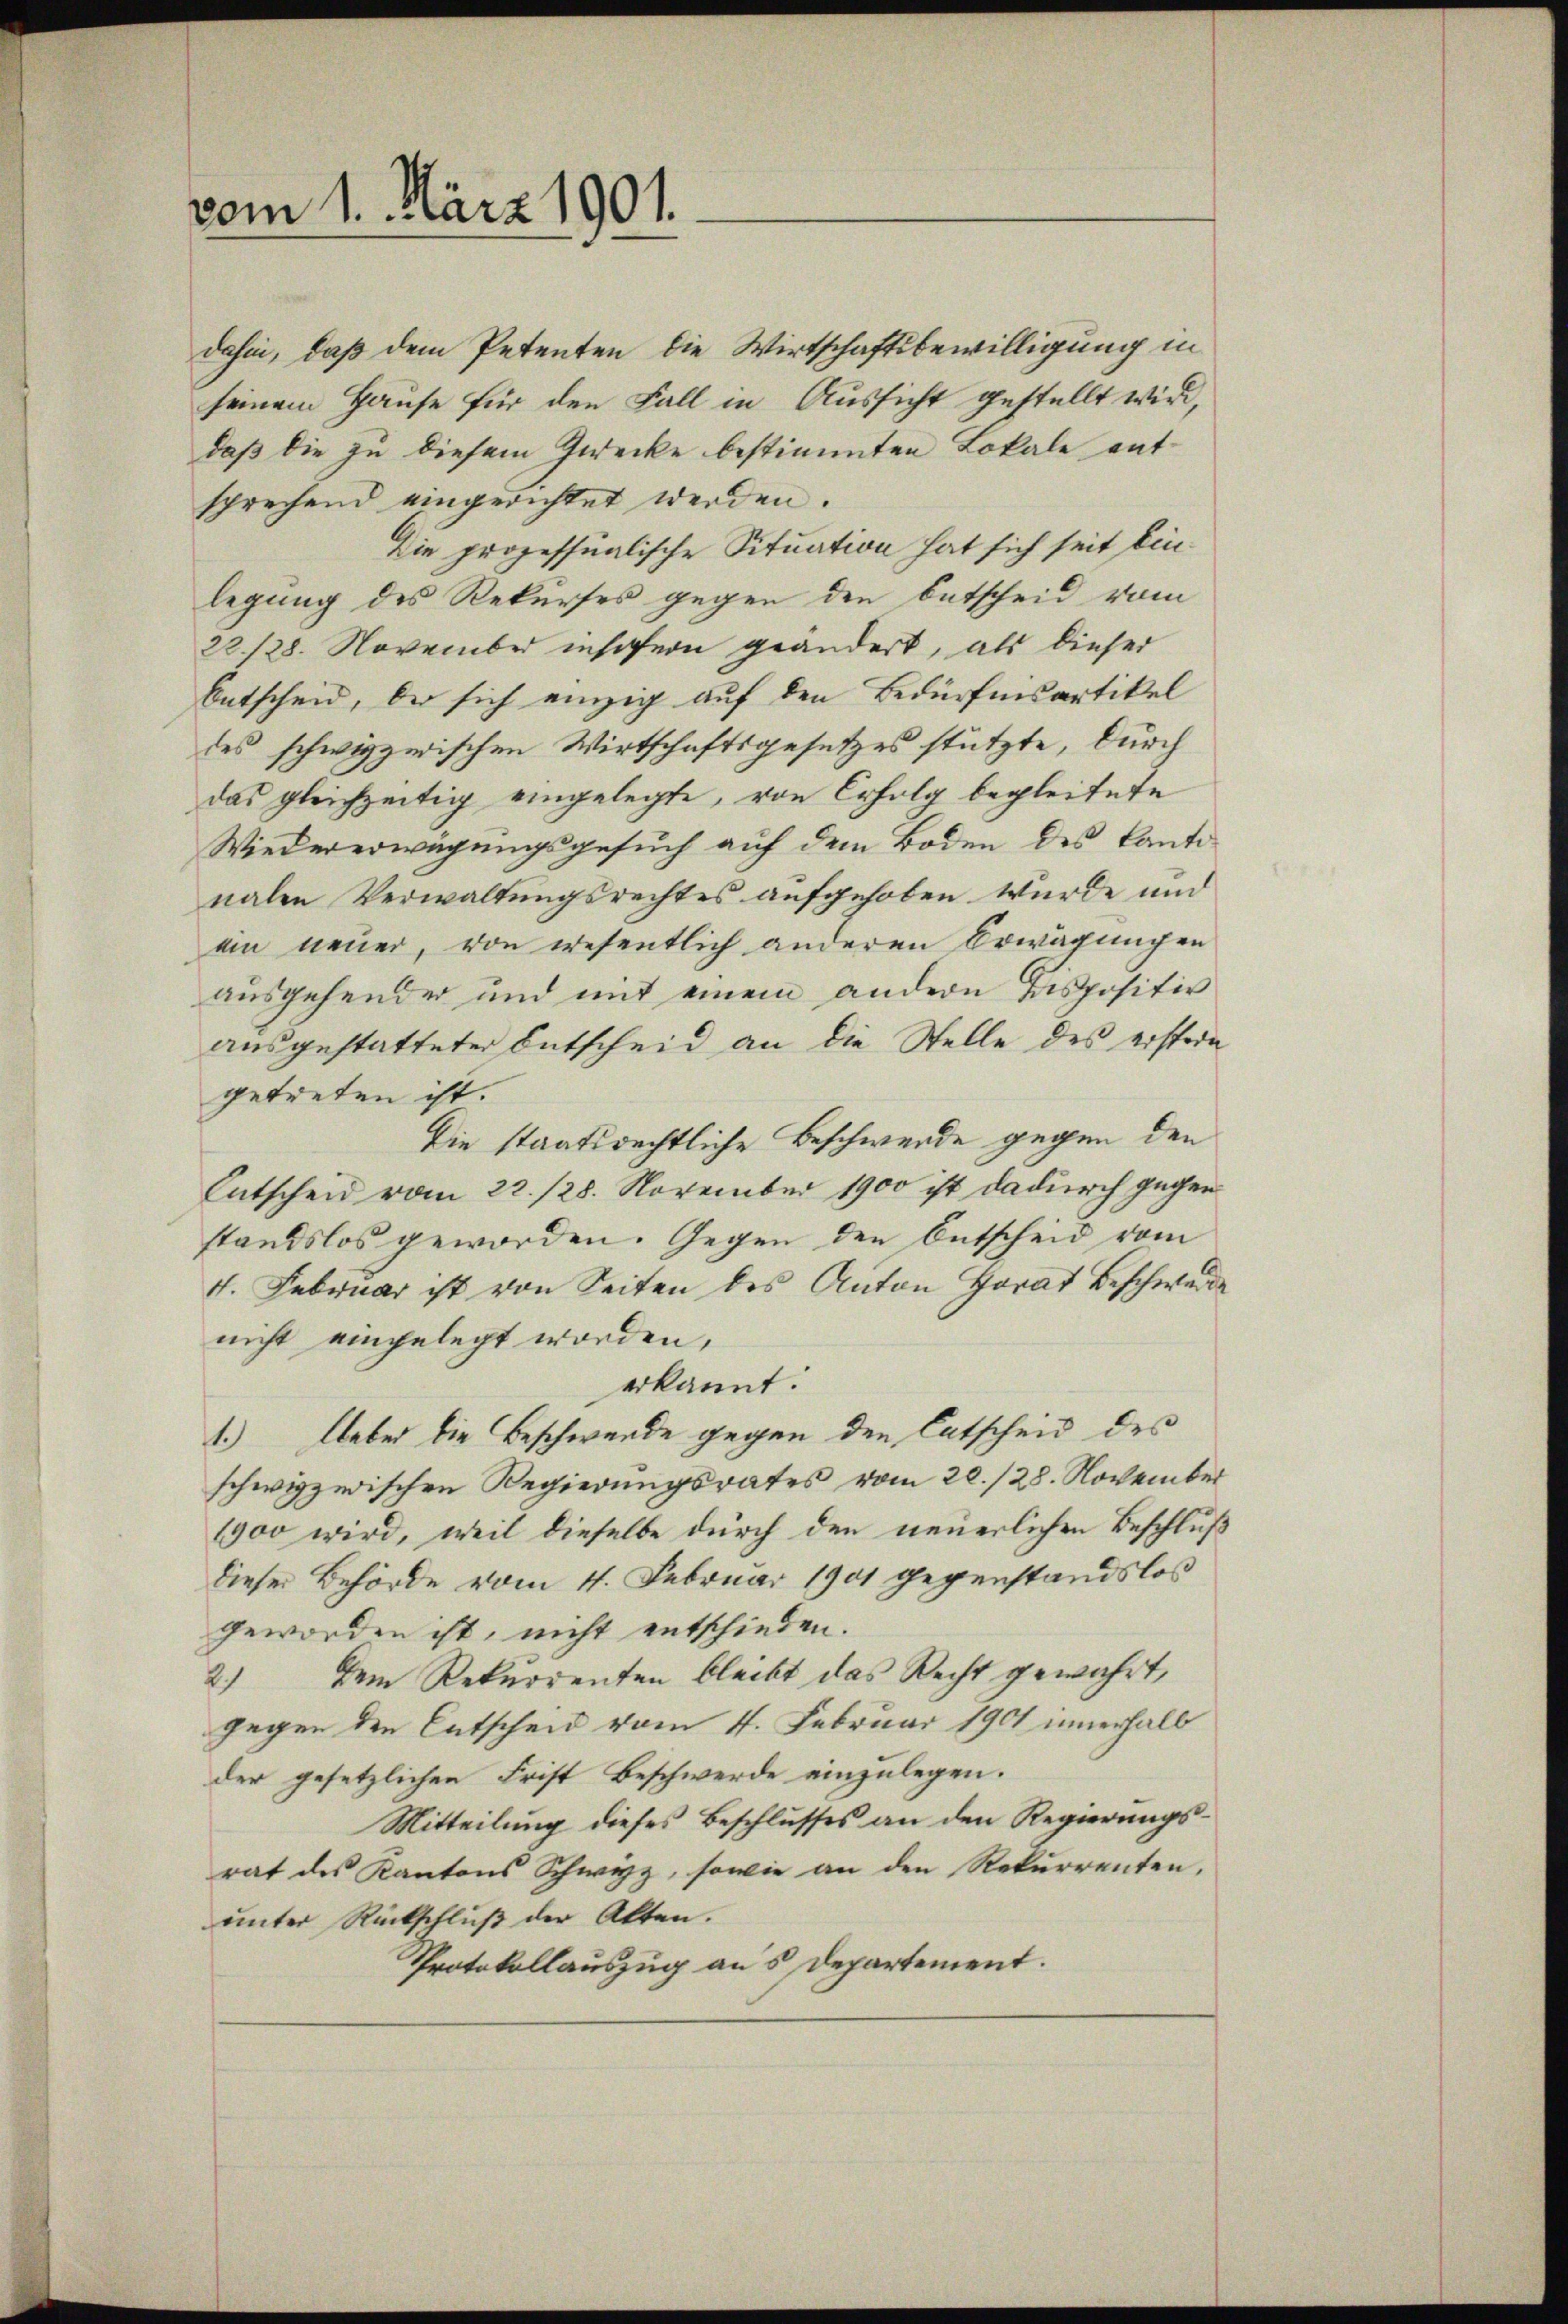
vom 1. März 1901.

dahin, daß dem Petenten die Wirtschaftsbewilligung in
seinem Hause für den Fall in Aussicht gestellt wird,
daß die zu diesem Zwecke bestimmten Lokale entsprechend eingerichtet werden.
Die prozessualische Situation hat sich seit bin
legung des Rekurses gegen den Entscheid vom
22/28. November insofern geändert, als dieser
Entscheid, der sich einzig auf den Bedürfnisartikel
des schweizerischen Wirtschaftsgesetzes stützte, durch
das gleichzeitig eingelegte, von Erfolg begleitete
Wiedererwägungsgesuch auf dem Boden des Kantonalen Verwaltungsrechtes aufgehoben wurde und
ein neuer, von wesentlich anderen Erwägungen
ausgehender und mit einem andern Bispositiv
ausgestatteter Entscheid an die Stelle des erstern
getreten ist.
Die staatsrechtliche Beschwerde gegen den
Entscheid vom 22. 128. November 1900 ist dadurch gegen
standslos geworden. Gegen den Entscheid vom
4. Februar ist von Seiten des Anton Horat Beschwerde
nicht eingelegt worden,
erkannt.
1.) Ueber die Beschwerde gegen den Entscheid des
schwyzerischen Regierungsrates vom 20./28. November
1900 wird, weil dieselbe durch den neuerlichen Beschluß
dieser Behörde vom 4. Februar 1901 gegenstandslos
geworden ist, nicht entschieden.
2.) Dem Rekurrenten bleibt das Recht gewährt,
gegen den Entscheid vom 4. Februar 1901 innerhalb
der gesetzlichen Frist Beschwerde einzulegen.
Mitteilung dieses Beschlusses an den Regierungsrat des Kantons Schwyz, sowie an den Rekurrenten,
unter Rückschluß der Alten.
Protokollauszug aus Departement.